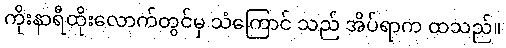
ကိုးနာရီထိုးလောက်တွင်မှ သံကြောင် သည် အိပ်ရာက ထသည်။